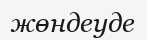
жөндеуде